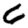
Digit: 6